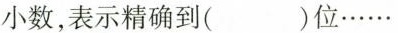
数，表示精确到( )位......